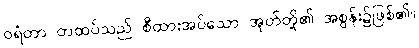
ဝရံတာ တထပ်သည် စီထားအပ်သော အုတ်တို့၏ အစွန်း၌ဖြစ်၏။